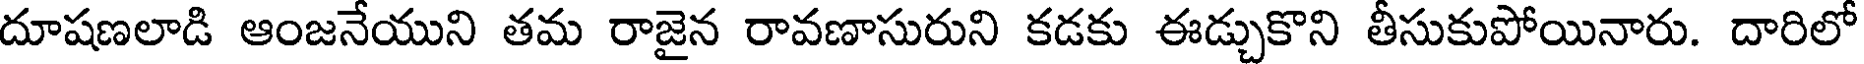
దూషణలాడి ఆంజనేయుని తమ రాజైన రావణాసురుని కడకు ఈడ్చుకొని తీసుకుపోయినారు. దారిలో